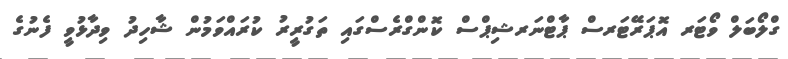
ގްލޯބަލް ވޯޓަރ އޮޕަރޭޓަރސް ޕާޓްނަރޝިޕްސް ކޮންގްރެސްގައި ތަގުރީރު ކުރައްވަމުން ޝާހިދު ވިދާޅުވީ ފެނުގެ